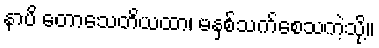
နာပိ တောသေတိယထာ၊ မနှစ်သက်စေသကဲ့သို့။